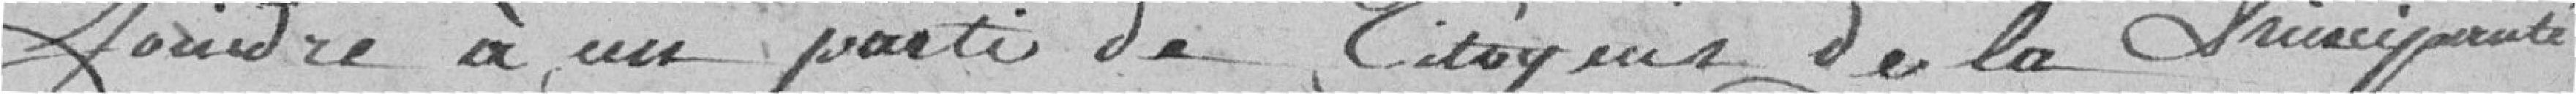
joindre à un parti de citoyens de la Principauté